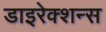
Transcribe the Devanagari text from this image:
डाइरेक्शन्स